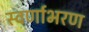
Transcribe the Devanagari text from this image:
स्वर्णाभरण